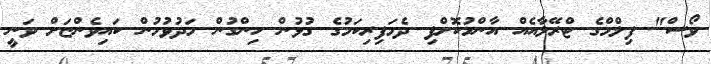
ވޯސް" ފިލްމްގެ ޓްރޭލާއެއް އާންމުކޮށްފި ދެމަފިރިކަމުގެ ގުޅުން ހިންގުން މަދުވުމުން ކައިވެންޏަށް ވަނީ